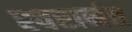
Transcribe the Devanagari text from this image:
स्वरानंत